Medical and sanitary report on the native army of Bombay for the year
Year: 1877
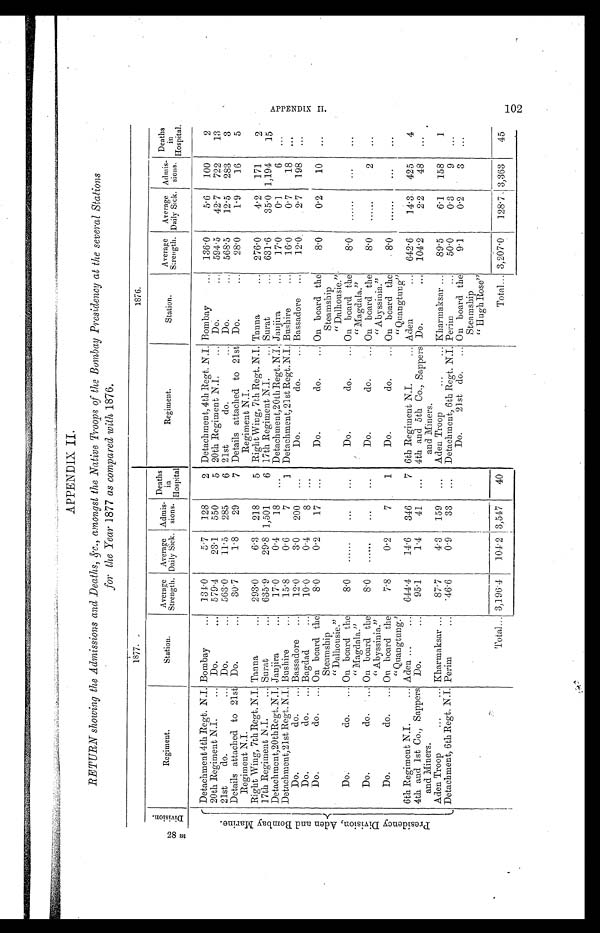
APPENDIX II
RETURN showing the Admissions and Deaths, &c., amongst the Native Troops of the Bombay Presidency at the several Stations
for the Year 1877 as compared with 1876.
1877.
1876.
D i v i s i o n
Regiment.
St a t i on.
Average
Strength.
Average
Daily Sick.
Admis-
sions.
Deaths
in
Hospital
Regiment.
Station.
Average
Srength.
Average
Daily Sick.
Admis-
sions.
Deaths
i n H o s p i t a l
P r e s i d e n c y D i v i s i o n , A d e n a n d B o m b a y M a r i n e . Detachment 4th Regt. N.I. Bombay
134.0
5.7
128
2 Detachment, 4th Regt. N.I. Bombay
136.0
5.6
100
2
20th Regiment N.I.
Do.
579.4
23.1
550
5 20th Regiment N.I
Do.
594.5
42.7
722
13
21st
do.
Do.
563.0
11.5
285
6 21st
do.
Do.
568.5
12.5
283
3
Details attached to 21st
Regiment N.I.
Do.
30.7
1.8
29
7 Details attached to 21st
Regiment N.I.
Do.
28.0
1.9
16
5
Right Wing, 7th Regt. N.I. Tanna
293.0
6.3
218
5 Right Wing, 7th Regt. N.I. Tanna
276.0
4.2
171
2
17th Regiment N.I
Surat
635.9
29.8 1,501
6 17th Regiment N.I Surat
631.6
35.0 1,194
15
Detachment,20thRegt.N.I. Janjira
17.0
0.4
18
„. Detachment,20th Regt. N.I. Janjira
17.0
0.1
6
...
Detachment,21st Regt. N.I. Bushire
15.8
0.6
7
1 Detachment, 21st Regt. N.I. Bushire
16.0
0.7
18
...
Do. do.
Bassadore
12.0
3.0
200
...
Do.
do.
... Bassadore
12.0.
2.7
198
...
Do.
do.
... Bagdad
10.0
0.4
8
...
Do.
do.
... On board the
Steamship
"Dalhousie."
8.0
0.2
10
...
Do.
do.
... On board the
Steamship
"Dalhousie."
8.0
0.2
17
...
Do.
do.
... On board the
"Magdala."
8.0
...
...
. . .
Do.
do.
... On board the
"Magdala."
8.0
...
...
...
Do.
do.
... On board the
"Abyssinia."
8.0
...
...
...
Do.
do.
... On board the
"Abyssinia."
8.0
...
2
...
Do.
do.
... On board the
" Quangtung.'
7.8
0.2
7
1
Do.
do.
... On board the
"Quangtung"
8.0 ...
...
...
6th Regiment N.I.
Aden
644.4
14.6
346
7 6th Regiment N.J.
... Aden
642.6
14.3. 425
4
4th and 1st Co., Sappers
and Miners.
Do.
95.1
1.4
41
...
4th and 5th Co., Sappers
and Miners.
Do.
... 104.2
2.2
48
...
Aden Troop
Kharmaksar
87.7
4.3
159
...
Aden Troop
Kharmaksar
89.5
6.1
158
1
Detachment, 6th Regt. N.I. Perim
46.6
0.9
33
. . .
Detachment, 6th. Regt. N.I. Perim
50.0
0.3
9
...
Do. 21st do... On board the
Steamship
"Hugh Rose"
9.1
0.2
3
...
Total... 3,196.4
104.2 3,547
40
Total... 3,207.0
128.7 3,363
45
A P P E N D I X . I I
102